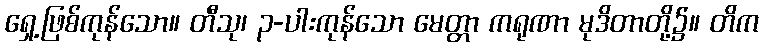
ရှေ့ဖြစ်ကုန်သော။ တီသု၊ ၃-ပါးကုန်သော မေတ္တာ ကရုဏာ မုဒိတာတို့၌။ တိက